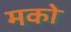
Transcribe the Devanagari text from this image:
मको